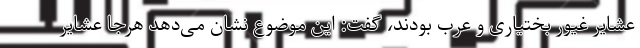
عشایر غیور بختیاری و عرب بودند، گفت: این موضوع نشان می‌دهد هرجا عشایر